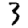
Digit: 3